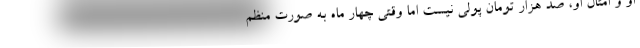
او و امثال او، صد هزار تومان پولی نیست اما وقتی چهار ماه به صورت منظم